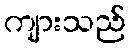
ကျားသည်